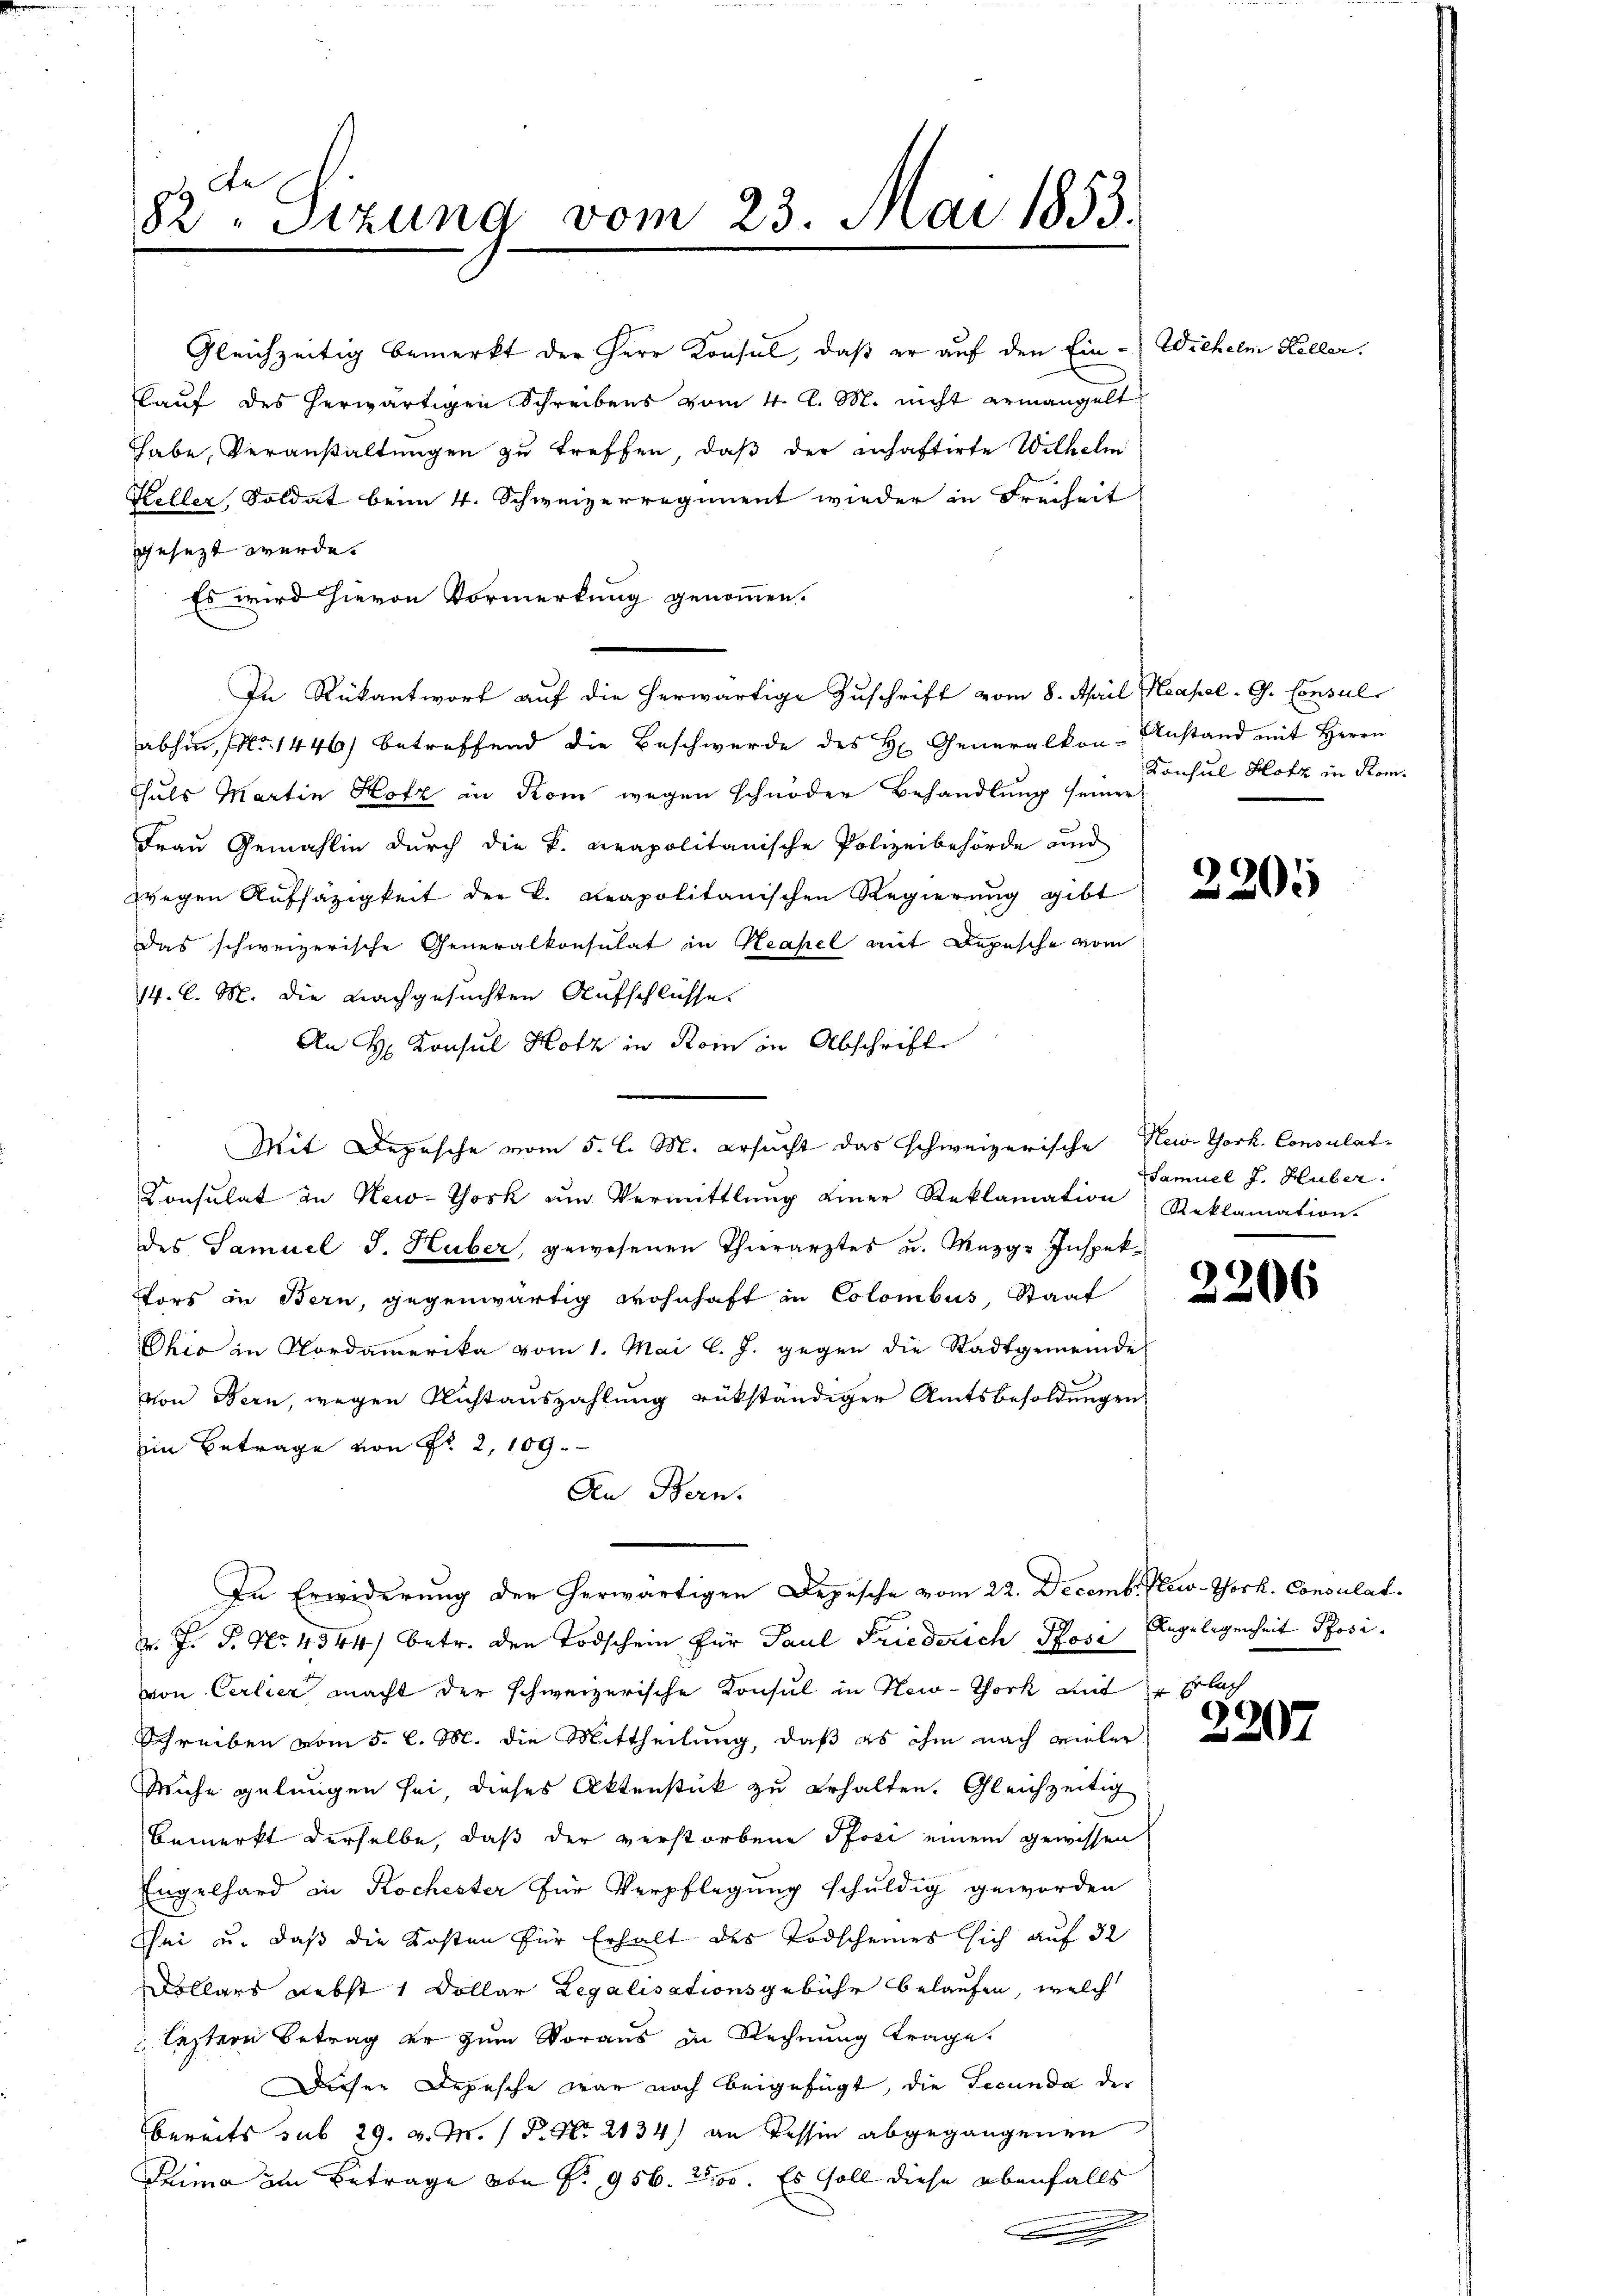
82ten Sizung vom 23. Mai 1853.

Gleichzeitig bemerkt der Herr Konsul, daß er auf den Ein-Wichelm Keller
kauf des herwärtigen Schreibens vom 4. d. M. nicht ermangelt
Thabe, Veranstaltungen zu treffen, daß der inhaftirte Wilhelm
Heller, Soldat beim 4. Schweizerregiment wieder in Freiheit
gesezt wurde.
Es wird hievon Vormerkung genommen.
abhin, No 1446) betreffend die Beschwerde des H. Generalkon-Anstand mit Herrn
Thals Martin Hotz in Kom wegen schnöder Behandlung seiner
Frau Gemahlin durch die k. neapolitanische Polizeibehörde und
wegen Aufsäzigkeit der k. Reapolitanischen Regierung gibt
Das schweizerische Generalkonsulat in Neapel mit Depesche vom
14. C. M. die nachgesuchten Aufschlüsse.
An H. Konsul Hotz in Rom in Abschrift
Mit Depesche vom 5. l. M. ersucht das schweizerische Nein Thork, Consulat
Consulat in New-York ŭm Vermittlung einer Reklamation, Reklamation.
des Samuel J. Huber, gewesenen Thierarztes u. Mezg-Inspek¬
Fors in Bern, gegenwärtig wohnhaft in Colombus, Staat
Ohio in Nordamerika vom 1. Mai l. J. gegen die Stadtgemeinde
von Bern, wegen Richtauszahlung rükständiger Amtsbesoldungen
Ein Betrage von Nr. 2, 109.
An Bern.
In Erwiderung der herwärtigen Depesche vom 22. Decemb. New-York. Consulat
. J. P. Nr. 4544) betr. den Todschein für Paul Friederich Pose
von Cerlier macht der schweizerische Konsul in New-Thock mit Flach
Schreiben vom 5. l. M. die Mittheilung, daß es ihm nach vieler
Miche gelungen sei, dieses Aktenstück zu erhalten. Gleichzeitig
Bemerkt derselbe, daß der verstorbene Pfosi einem gewissen
Engelhard in Kochester für Verpflegung schuldig geworden
Chei u. daß die Kosten für Erhalt des Todscheines sich auf 32
Dollars nebst 1 Dollar Legalisationsgebühr belaufen, welch
leztere Betrag er zum Voraus in Rechnung trage.
Dieser Depesche war noch beigefügt, die Tecunda der
bereits sub 29. v. M. P. Nr. 2134) an Tessin abgegangenen
Prima im Betrage von Fr. 956. 2100. Es soll diese ebenfalls
n

In Rükantwort auf die herwärtige Zuschrift vom 8. April Kapel- G. Consul

Konsul Hotz in Rom.

2205

Samuel J. Huber.

2206

Angelegenheit Posi

2207